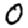
Digit: 0